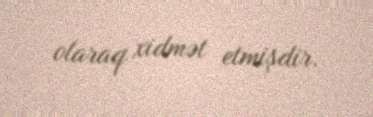
olaraq xidmət etmişdir.